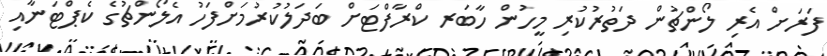
ފަރަށް އެރި ލޯންޗުން ދަތުރުކުރި މީހުން ހާބަރ ކްރާފްޓަށް ބަދަލުކުރުމަށްފަހު އެލޯންޗުގެ ކެޕްޓަނާއި